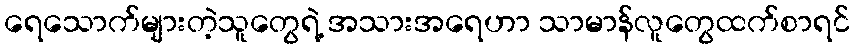
ရေသောက်များတဲ့သူတွေရဲ့ အသားအရေဟာ သာမာန်လူတွေထက်စာရင်